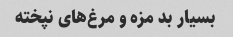
بسیار بد مزه و مرغ‌های نپخته